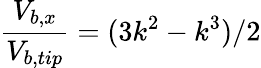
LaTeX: \frac{V_{b,x}}{V_{b,tip}}=(3k^{2}-k^{3})/2